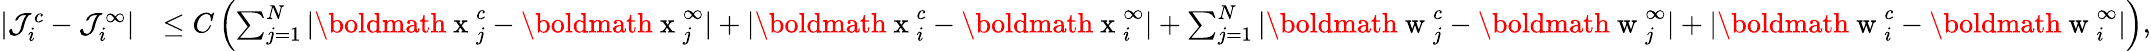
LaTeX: \begin{array}{r}{\begin{array}{rl}{|\mathcal{J}_{i}^{c}-\mathcal{J}_{i}^{\infty}|}&{\leq C\left(\sum_{j=1}^{N}|\mathrm{\boldmath~x~}_{j}^{c}-\mathrm{\boldmath~x~}_{j}^{\infty}|+|\mathrm{\boldmath~x~}_{i}^{c}-\mathrm{\boldmath~x~}_{i}^{\infty}|+\sum_{j=1}^{N}|\mathrm{\boldmath~w~}_{j}^{c}-\mathrm{\boldmath~w~}_{j}^{\infty}|+|\mathrm{\boldmath~w~}_{i}^{c}-\mathrm{\boldmath~w~}_{i}^{\infty}|\right),}\end{array}}\end{array}